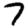
Digit: 7